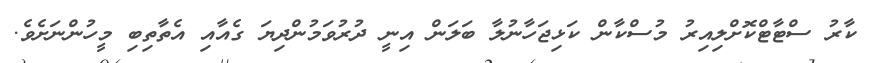
ކާރު ސްޓާޓްކޮށްލިއިރު މުސްކާން ކަޅިޖަހާނުލާ ބަލަން އިނީ ދުރުވަމުންދިޔަ ގެއާއި އެތާތިބި މީހުންނަށެވެ.